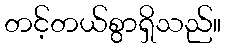
တင့်တယ်စွာရှိသည်။